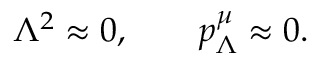
\Lambda ^ { 2 } \approx 0 , \qquad p _ { \Lambda } ^ { \mu } \approx 0 .